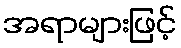
အရာများဖြင့်